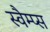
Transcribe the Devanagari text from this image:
स्वैम्प्स